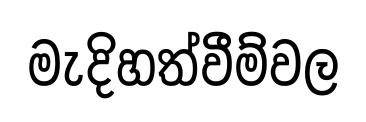
මැදිහත්වීම්වල